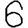
Digit: 6